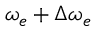
\omega _ { e } + \Delta \omega _ { e }